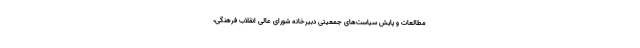
مطالعات و پایش سیاست‌های جمعیتی دبیرخانه شورای عالی انقلاب فرهنگی،